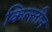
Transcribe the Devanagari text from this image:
किल्लीन